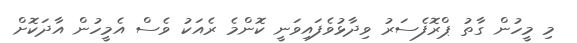
މި މީހުން ގާތު ޕްރޮފެސަރު ވިދާޅުވެފައިވަނީ ކޮންމެ ރެއަކު ވެސް އެމީހުން އާދަކޮށް